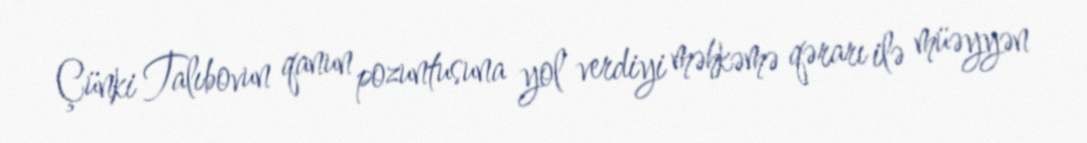
Çünki Talıbovun qanun pozuntusuna yol verdiyi məhkəmə qərarı ilə müəyyən